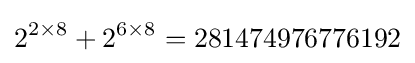
2^{2\times 8}+2^{6\times 8}=281474976776192